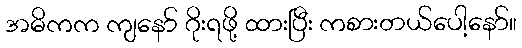
အဓိကက ကျနော် ဂိုးရဖို့ ထားပြီး ကစားတယ်ပေါ့နော်။